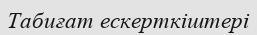
Табиғат ескерткіштері